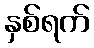
နှစ်ရက်